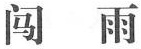
闯雨